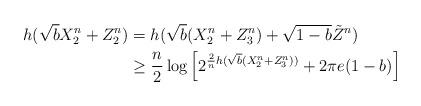
LaTeX: \begin{align*} h(\sqrt{b}X_2^n+Z_2^n)&=h(\sqrt{b}(X_2^n+Z_3^n)+\sqrt{1-b}\tilde{Z}^n) \\ &\geq\frac{n}{2}\log\left[ 2^{\frac{2}{n}h(\sqrt{b}(X_2^n+Z_3^n))} + 2\pi e(1-b) \right]\end{align*}